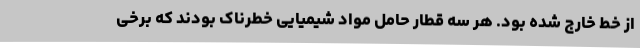
از خط خارج شده بود. هر سه قطار حامل مواد شیمیایی خطرناک بودند که برخی